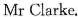
Mr Clarke.